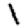
Digit: 1